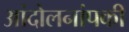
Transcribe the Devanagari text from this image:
आंदोलनांपकी